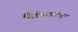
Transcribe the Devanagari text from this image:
पिसोळवाडीमधून